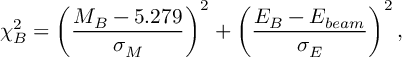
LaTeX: \chi _ { B } ^ { 2 } = \left( \frac { M _ { B } - 5 . 2 7 9 } { \sigma _ { M } } \right) ^ { 2 } + \left( \frac { E _ { B } - E _ { b e a m } } { \sigma _ { E } } \right) ^ { 2 } ,